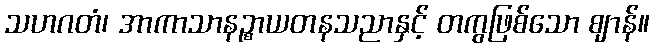
သဟဂတံ၊ အာကာသာနဉ္စာယတနသညာနှင့် တကွဖြစ်သော ဈာန်။